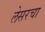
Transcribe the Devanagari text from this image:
लेसरचा